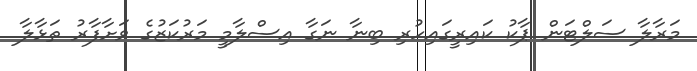
މަރާލާ ސަލްޓަން ޕާކު ކައިރީގައިހުރި ބިނާ ނަގާ އިސްލާމީ މަރުކަޒުގެ ވަށާފާރު ތަޅާލާ